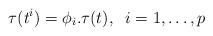
LaTeX: \begin{align*} \tau(t^i)=\phi_i.\tau(t),\;\;i=1,\ldots,p\end{align*}